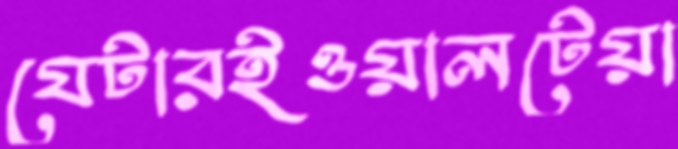
যেটারইওয়ালটেয়া